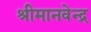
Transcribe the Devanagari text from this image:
श्रीमानवेन्द्र